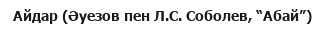
Айдар (Әуезов пен Л.С. Соболев, “Абай”)